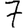
Digit: 7